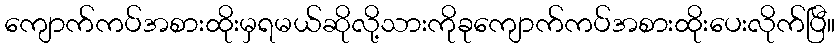
ကျောက်ကပ်အစားထိုးမှရမယ်ဆိုလို့သားကိုခုကျောက်ကပ်အစားထိုးပေးလိုက်ပြီ။